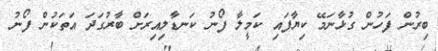
ބިރުން ފަހުން ގުޅާނަމޭ ކިޔާފައި ކަމީލާ ފޯނު ކަނޑާލިއިރަށް ބާރުގަދަ އަތަކުން ފޯނު